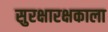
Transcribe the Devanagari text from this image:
सुरक्षारक्षकाला